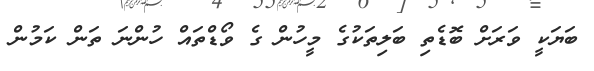
ބަޔަކީ ވަރަށް ބޮޑެތި ބަލިތަކުގެ މީހުން ގެ ވޯޑްތައް ހުންނަ ތަން ކަމުން